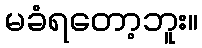
မခံရတော့ဘူး။